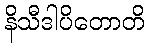
နိသီဒါပိတောတိ